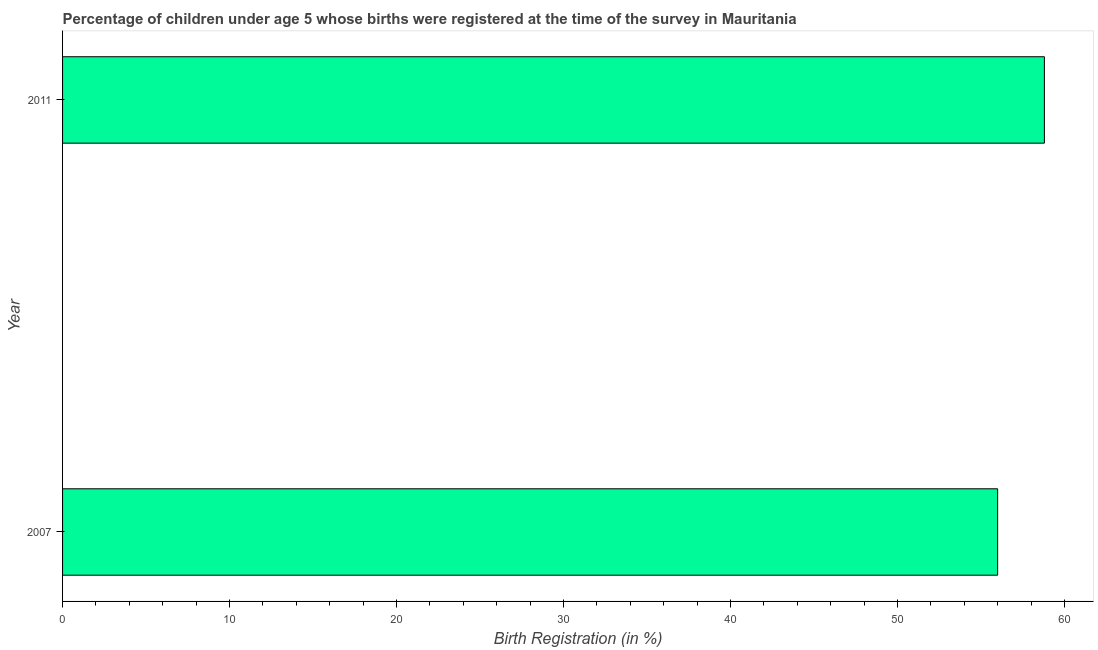
| Year | Birth registration |
 | --- | --- |
 | 2007 | 56 |
 | 2011 | 58.8 |